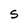
Character: 5